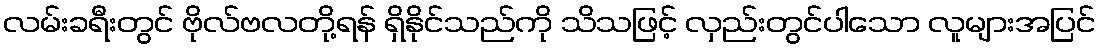
လမ်းခရီးတွင် ဗိုလ်ဗလတို့ရန် ရှိနိုင်သည်ကို သိသဖြင့် လှည်းတွင်ပါသော လူများအပြင်